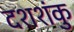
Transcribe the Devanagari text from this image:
दशशंकु